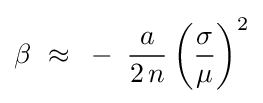
\beta \,\,\approx \,\,\,-\,\,\,{\frac {a}{2\,n}}\left({\frac {\sigma }{\mu }}\right)^{2}